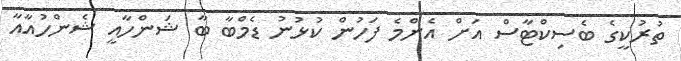
ތުރުކީގެ ބެސިކްޓާސް އަށް އެންމެ ފަހުން ކުޅުނު ޑެމްބާ ބާ ޝަންހާއީ ޝެންހުއާއާ